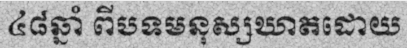
៤៨ឆ្នាំ ពីបទមនុស្សឃាតដោយ